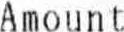
AMOUNT